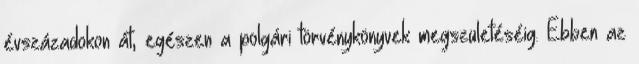
évszázadokon át, egészen a polgári törvénykönyvek megszületéséig. Ebben az